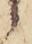
候